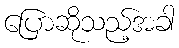
ပြောဆိုသည့်အခါ